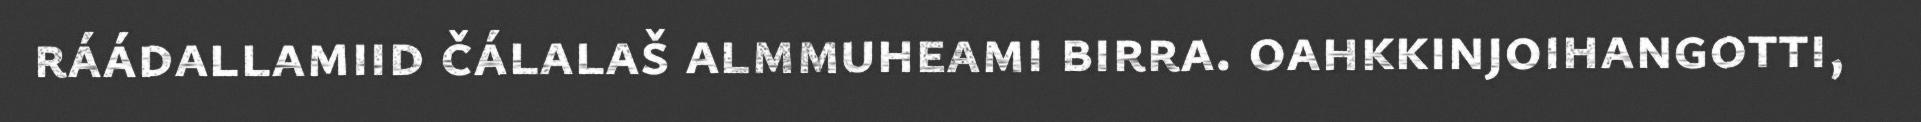
ráádallamiid čálalaš almmuheami birra. oahkkinjoihangotti,